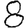
Digit: 8